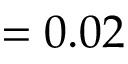
= 0 . 0 2